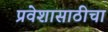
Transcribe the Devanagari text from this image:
प्रवेशासाठीचा